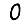
Digit: 0